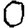
Digit: 0